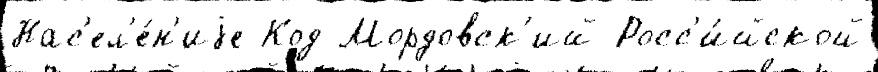
Нас'ел'е́н'иjе Код Мордовск'ий Росс'и́йской